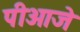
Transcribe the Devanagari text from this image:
पीओजे